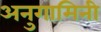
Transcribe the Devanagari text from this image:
अनुगामिनी